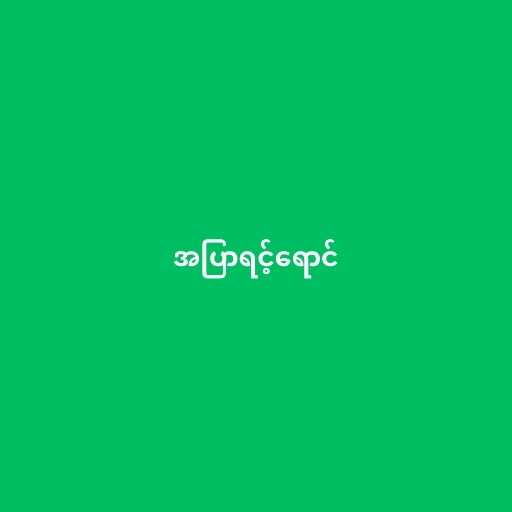
အပြာရင့်ရောင်